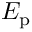
E _ { \mathrm { p } }